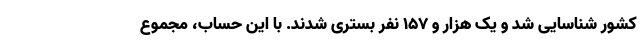
کشور شناسایی شد و یک هزار و ۱۵۷ نفر بستری شدند. با این حساب، مجموع